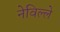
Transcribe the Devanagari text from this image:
नेविल्ले